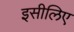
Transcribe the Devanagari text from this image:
इसीलिए